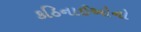
કઠિનાઈઓનો